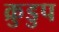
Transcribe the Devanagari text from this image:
क्रुडुप